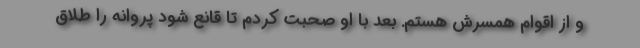
و از اقوام همسرش هستم. بعد با او صحبت کردم تا قانع شود پروانه را طلاق